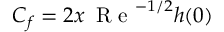
C _ { f } = 2 x \, \textrm { R e } ^ { - 1 / 2 } h ( 0 )